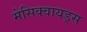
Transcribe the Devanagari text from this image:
मेसिक्वायड्स